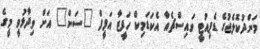
މަންދުކޮލެޖުގެ ޑެޕިއުޓީ ވައިސްޗެއާ އެކަޑަމިކް ހަފީޒާ އަފީފް "ސަން" އަށް ވިދާޅުވީ މީގެ